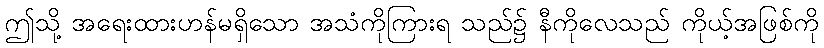
ဤသို့ အရေးထားဟန်မရှိသော အသံကိုကြားရ သည်၌ နီကိုလေသည် ကိုယ့်အဖြစ်ကို